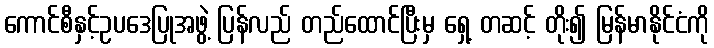
ကောင်စီနှင့်ဥပဒေပြုအဖွဲ့ ပြန်လည် တည်ထောင်ပြီးမှ ရှေ့ တဆင့် တိုး၍ မြန်မာနိုင်ငံကို